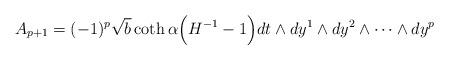
LaTeX: \begin{align*}A_{p+1} = (-1)^p \sqrt{b} \coth \alpha \Big( H^{-1} -1 \Big)dt \wedge dy^1 \wedge dy^2 \wedge \cdots \wedge dy^p\end{align*}